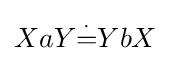
XaY{\overset {\cdot }{=}}YbX